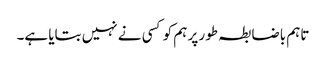
تاہم باضابطہ طور پر ہم کو کسی نے نہیں بتایا ہے۔